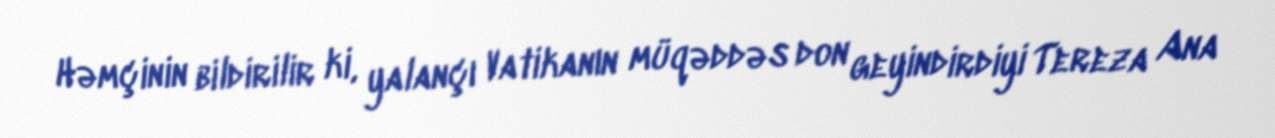
Həmçinin bildirilir ki, yalançı Vatikanın müqəddəs don geyindirdiyi Tereza Ana